system: You are a helpful assistant.
user:
Analyze the provided spectrum to determine if it is a **Carbon Star (C-type)**.

- **Key Visual Indicators of Carbon Star:**
    - **(Primary):** Strong molecular absorption from **C₂ (diatomic carbon) "Swan Bands."** This is the **defining feature** of a carbon star.
        - **(Key Bandheads):** Sharp absorption edges are visible at approximately $5635$ Å, $5165$ Å (the strongest band), and $4737$ Å.
        - **(Line Profile):** Creates a distinct **"saw-tooth"** pattern. The key morphology is a sharp, steep bandhead on the **red (long-wavelength) side**, which then gradually tapers off (i.e., flux recovers) towards the **blue (short-wavelength) side**. *(This is the direct opposite of the TiO bands seen in M-type stars)*.

    - **(Secondary):** Intense **CN (cyanogen)** molecular absorption bands.
        - **(Key Bandheads):** Located in the blue and violet regions of the spectrum (e.g., near $4215$ Å and $3883$ Å).
        - **(Morphology):** These bands are extremely broad and act as a "blanket," absorbing the vast majority of blue and violet light. This creates a characteristic **"cliff"** or **"steep drop-off"** in the spectrum's flux at short wavelengths.

    - **(Key Confirmation):** Strong **CH absorption band (G-band)**.
        - **(Key Bandhead):** Located around $4300$ Å. The contribution from CH molecules to this band is exceptionally strong.

    - **(Overall Spectrum):**
        - The continuum is severely "chopped up" by these deep molecular bands, especially C₂, rather than appearing as a smooth curve.
        - Due to the heavy CN and C₂ absorption in the blue-green, the vast majority of the star's flux is concentrated in the red part of the spectrum, giving the star its characteristic deep red color.

Think first, call **spectral_visualization_tool** if needed to examine features in detail, then provide your final answer. Your response must adhere to the following strict rules:
1.  **Overall Structure:** Your response must follow the format `<think>...</think> <tool_call>...</tool_call> (if a tool is used) <answer>...</answer>`.
2.  **Tool Usage Constraint:** You may only make **one** tool call per turn.
3.  **Final Answer Format:** In the `<answer>` tag, your conclusion must be inside a `\boxed{}` command (e.g., `\boxed{YES}`), followed by your justification.

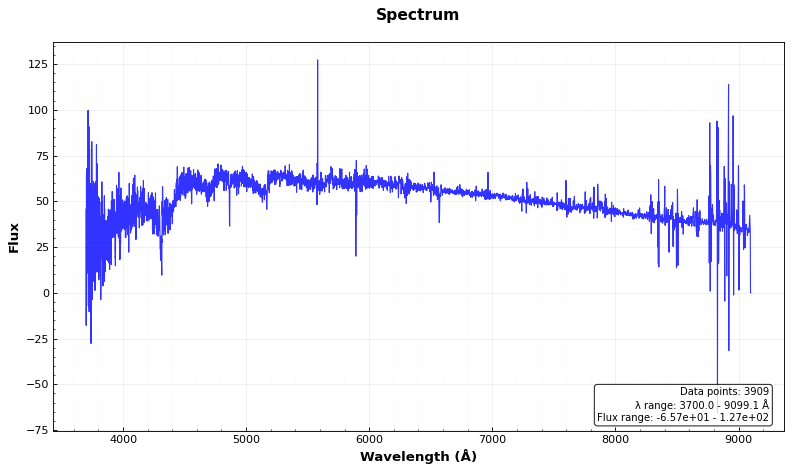
Answer: YES